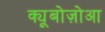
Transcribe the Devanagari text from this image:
क्यूबोज़ोआ